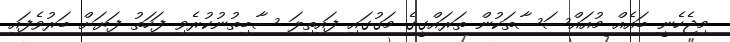
މިޖެހެނީ ބައެއް މުއައްސަސާތަކުން ތަރައްގީގެ މަގުގައި ފައިތިލަ ސާބިތުނުކުރެވި ފަހަތު ފަޔަށް ބަރުވެފައި